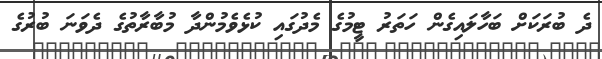
ދެ ބުރަކަށް ބަހާލައިގެން ހަތަރު ޓީމުގެ މެދުގައި ކުޅެވެމުންދާ މުބާރާތުގެ ދެވަނަ ބުރުގެ